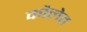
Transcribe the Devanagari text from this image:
कौलेत